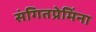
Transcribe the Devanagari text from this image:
संगितप्रेमिंना